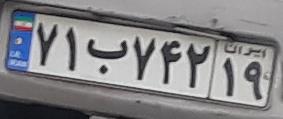
۷۱ب۷۴۲۱۹